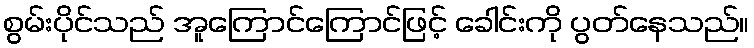
စွမ်းပိုင်သည် အူကြောင်ကြောင်ဖြင့် ခေါင်းကို ပွတ်နေသည်။